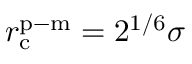
r _ { \mathrm { c } } ^ { \mathrm { p - m } } = 2 ^ { 1 / 6 } \sigma